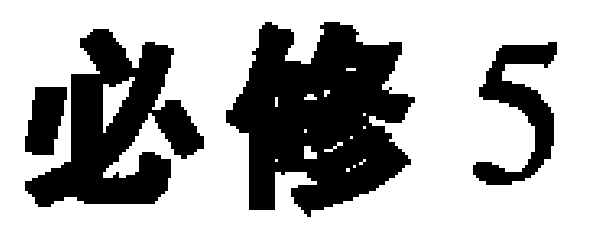
必修 5